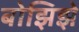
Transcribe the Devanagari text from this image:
बोझिझे